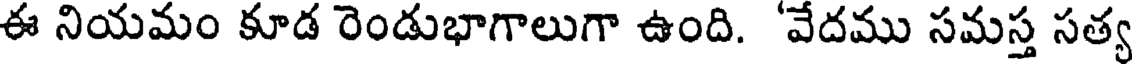
ఈ నియమం కూడ రెండుభాగాలుగా ఉంది. 'వేదము సమస్త సత్య